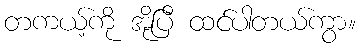
တကယ့်ကို အိုပြီ ထင်ပါတယ်ကွာ။